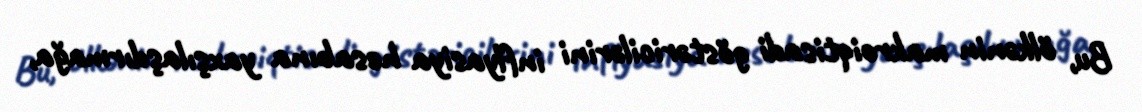
Bu, ölkənin makroiqtisadi göstəricilərini inflyasiya hesabına yaxşılaşdırmağa,